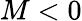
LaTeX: M<0